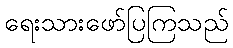
ရေးသားဖော်ပြကြသည်